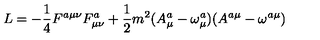
L = - \frac 1 4 F ^ { a \mu \nu } F _ { \mu \nu } ^ { a } + \frac 1 2 m ^ { 2 } ( A _ { \mu } ^ { a } - \omega _ { \mu } ^ { a } ) ( A ^ { a \mu } - \omega ^ { a \mu } )